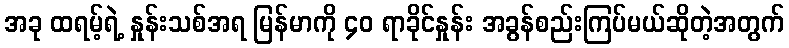
အခု ထရမ့်ရဲ့ နှုန်းသစ်အရ မြန်မာကို ၄၀ ရာခိုင်နှုန်း အခွန်စည်းကြပ်မယ်ဆိုတဲ့အတွက်